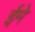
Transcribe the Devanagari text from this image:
ईमे